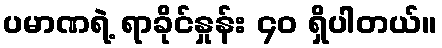
ပမာဏရဲ့ ရာခိုင်နှုန်း ၄၀ ရှိပါတယ်။